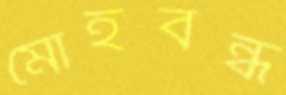
মোহবন্ধ